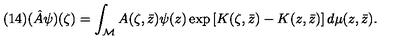
( 1 4 ) ( \hat { A } \psi ) ( \zeta ) = \int _ { \cal M } A ( \zeta , \bar { z } ) \psi ( z ) \exp \left[ K ( \zeta , \bar { z } ) - K ( z , \bar { z } ) \right] d \mu ( z , \bar { z } ) .